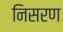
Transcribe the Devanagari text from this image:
निसरण